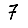
Digit: 7